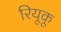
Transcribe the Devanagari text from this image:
रियूकू